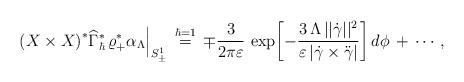
LaTeX: \begin{align*}\left(X \times X\right)^*\!\widehat\Gamma^*_\hbar\,\varrho_+^*\alpha_\Lambda\Big|_{S^1_\pm}\,\buildrel{\hbar=1}\over=\,\mp\frac{3}{2\pi\varepsilon}\,\exp{\!\left[-\frac{3\,\Lambda\,||\dot{\gamma}||^2}{\varepsilon \left|\dot{\gamma}\times\ddot{\gamma}\right|}\right]}\,d\phi\,+\, \cdots\,,\end{align*}